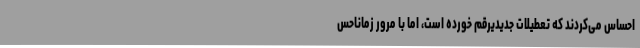
احساس می‌کردند که تعطیلات جدیدیرقم خورده است، اما با مرور زماناحس